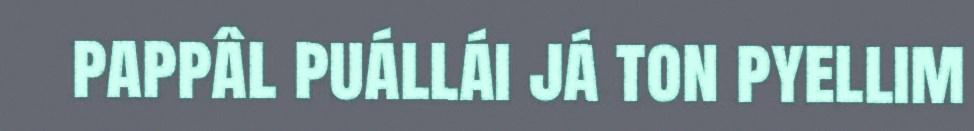
pappâl puállái já ton pyellim